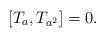
LaTeX: \begin{align*}[T_a,T_{a^2}]=0.\end{align*}